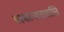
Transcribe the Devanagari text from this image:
यस्मात्परतरन्नास्ति